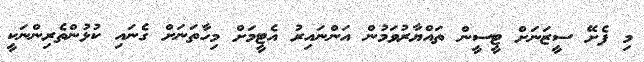
މި ފެށޭ ސީޒަނަށް ޓީސީން ތައްޔާރުވަމުން އަންނައިރު އެޓީމަށް މިހާތަނަށް ގެނައި ކުޅުންތެރިންނަކީ